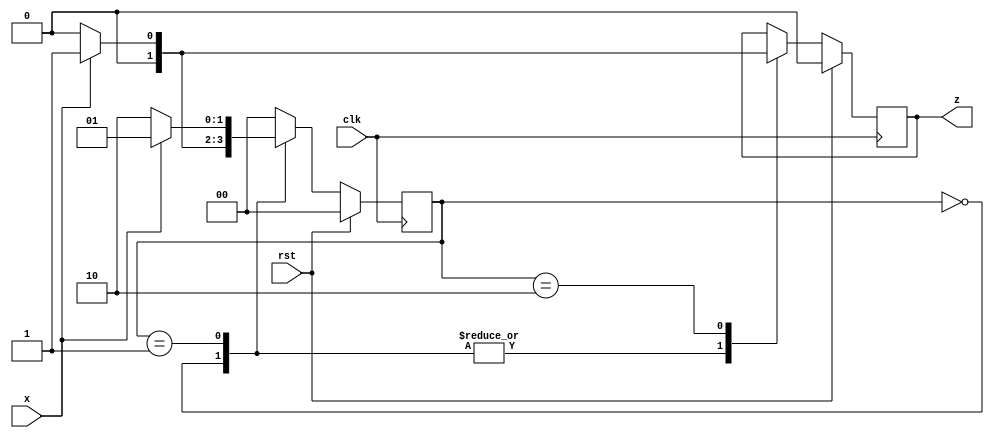
/*
101 Non-Overlapping Mealy Sequence Detector
Step 1 - Parameter Definition
Step 2 - Declaring State Variable
Step 3 - One Process Implementation Of Mealy Model which has the following steps:
      - Reset Logic
      - Next State Decoder
      - Output Logic
*/

module sequencedetector(
  input x,
  input clk,
  input rst,
  output reg z
);

  parameter s0 = 2'b00, s1 = 2'b01, s2 = 2'b10;

  reg [1:0] state = s0;

  always @(posedge clk) begin
    if (rst) begin
      state <= s0;
      z <= 0;
    end 
    else begin
      case (state)
        s0: begin
          if (x) begin
            state <= s1;
            z <= 0;
          end
          else begin
            state <= s0;
            z <= 0;
          end
        end
        s1: begin
          if (x) begin
            state <= s1;
            z <= 0;
          end
          else begin
            state <= s2;
            z <= 0;
          end
        end
        s2: begin
          if (x) begin
            state <= s0;
            z <= 1;
          end
          else begin
            state <= s0;
            z <= 0;
          end
        end
        default: state <= s0;
      endcase
    end
  end

endmodule